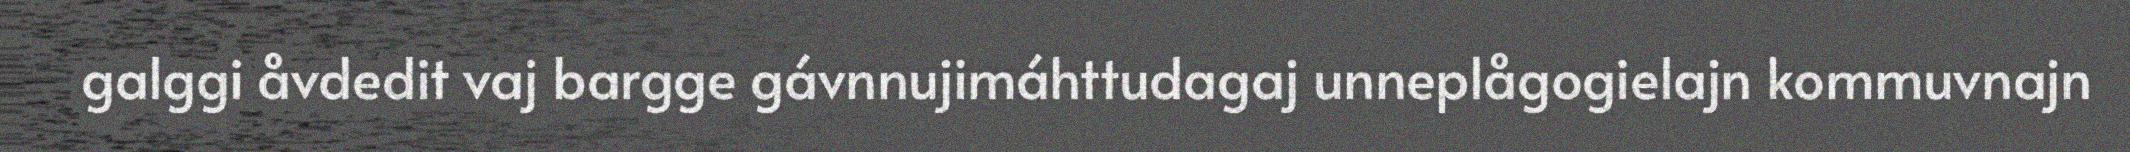
galggi åvdedit vaj bargge gávnnujimáhttudagaj unneplågogielajn kommuvnajn